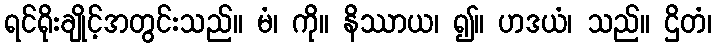
ရင်ရိုးချိုင့်အတွင်းသည်။ မံ၊ ကို။ နိဿာယ၊ ၍။ ဟဒယံ၊ သည်။ ဌိတံ၊